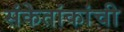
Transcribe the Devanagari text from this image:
संकेतांकांची